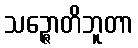
သဉ္ဇောတိဘူတာ